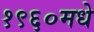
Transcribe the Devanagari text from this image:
१९६०मधे